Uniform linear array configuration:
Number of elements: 64
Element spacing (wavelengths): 0.75
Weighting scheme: cosine
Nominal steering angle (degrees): -15
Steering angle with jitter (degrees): -14.629
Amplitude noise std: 0.05
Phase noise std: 0.05

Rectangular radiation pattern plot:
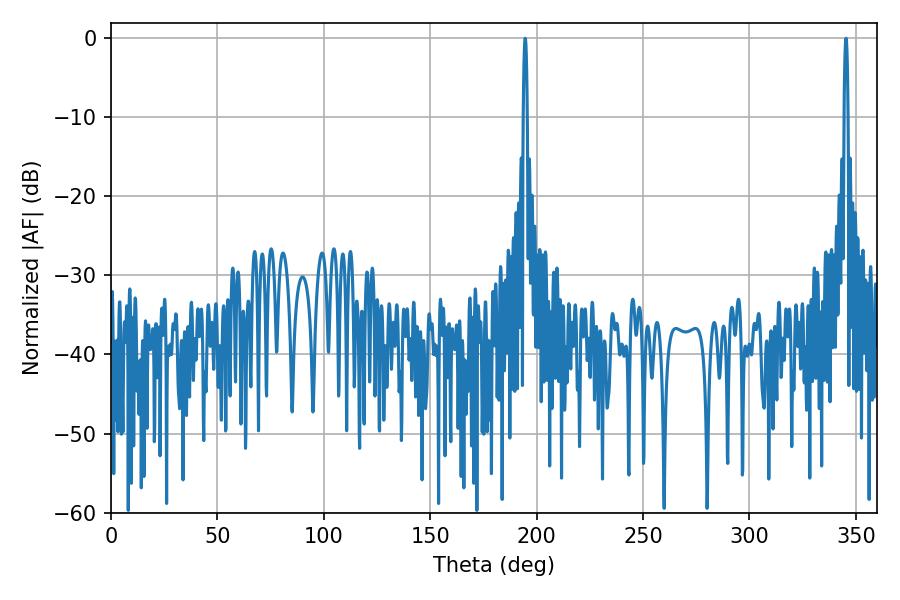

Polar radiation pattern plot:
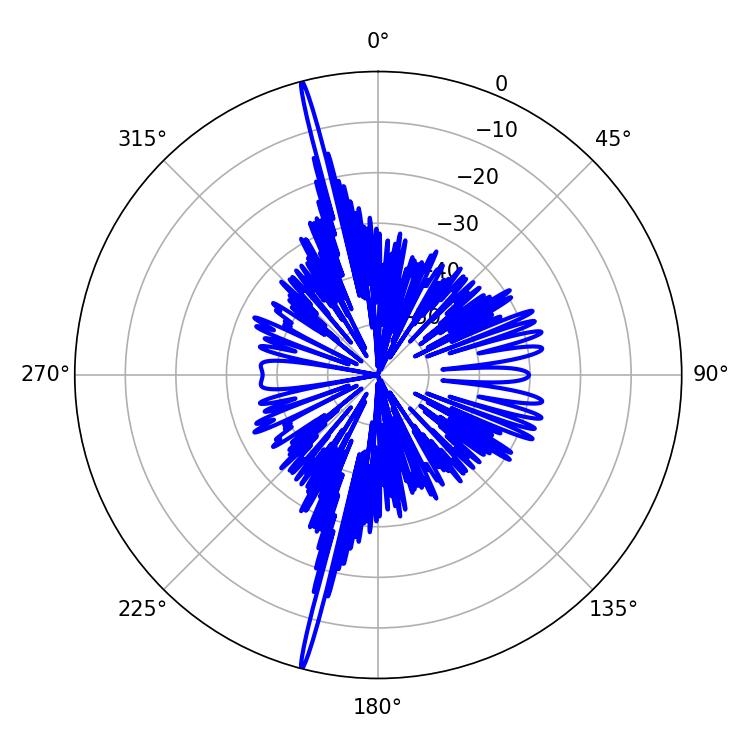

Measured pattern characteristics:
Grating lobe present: TRUE
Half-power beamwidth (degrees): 0.9
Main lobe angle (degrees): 194.58